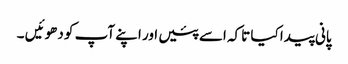
پانی پیدا کیا تاکہ اسے پئیں اور اپنے آپ کو دھوئیں ۔